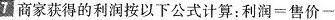
7 商家获得的利润按以下公式计算：利润=售价一